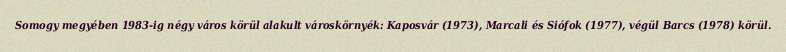
Somogy megyében 1983-ig négy város körül alakult városkörnyék: Kaposvár (1973), Marcali és Siófok (1977), végül Barcs (1978) körül.